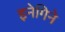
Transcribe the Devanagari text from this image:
इनेगिने